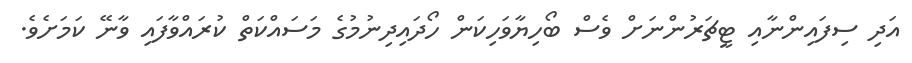
އަދި ސިފައިންނާއި ޓީޗަރުންނަށް ވެސް ބޯހިޔާވަހިކަން ހޯދައިދިނުމުގެ މަސައްކަތް ކުރައްވާފައި ވާނޭ ކަމަށެވެ.